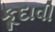
કૂદાવી